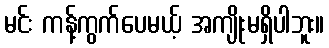
မင်း ကန့်ကွက်ပေမယ့် အကျိုးမရှိပါဘူး။